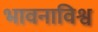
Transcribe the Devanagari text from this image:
भावनाविश्व